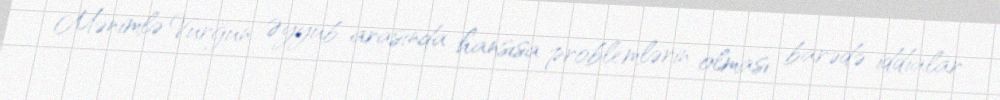
Mənimlə Vurğun Əyyub arasında hansısa problemlərin olması barədə iddialar